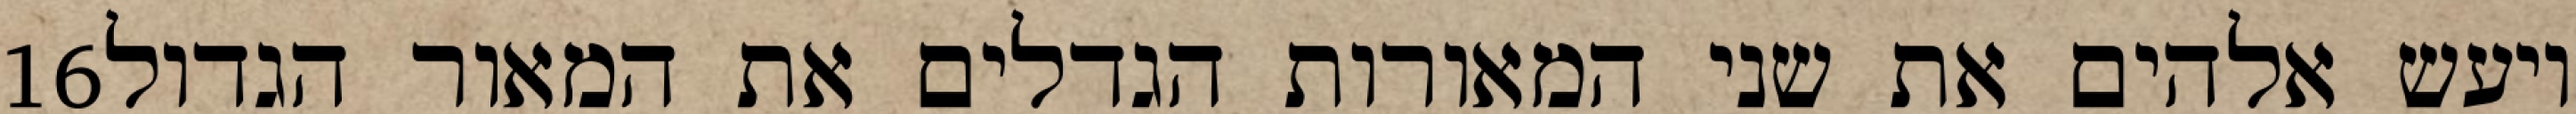
‎16‏ ויעש אלהים את שני המאורות הגדלים את המאור הגדול